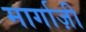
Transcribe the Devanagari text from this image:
मार्गाज़ी